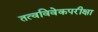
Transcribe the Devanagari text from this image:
तत्वविवेकपरीक्षा